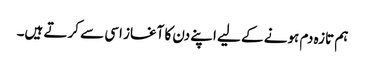
ہم تازہ دم ہونے کے لیے اپنے دن کا آغاز اسی سے کرتے ہیں۔